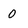
Character: 0